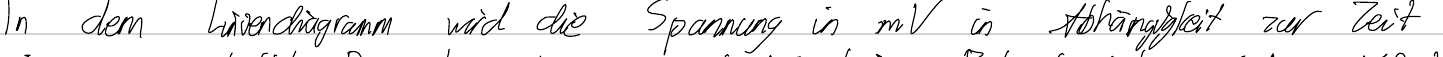
In dem Liniendiagramm wird die Spannung in mV in Abhängigkeit zur Zeit